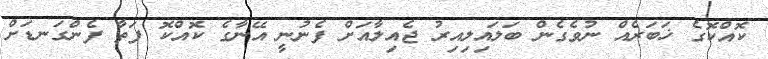
ކޮއްކޮގެ ޚަބަރެއް ނުވެގެން ބަލައިލިއިރު ޖެއިލާއަށް ފެނުނީ އޭނާގެ ކޮއްކޮ ފަތާ ފެންގަނޑަށް